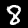
Label: 8